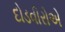
દોડવીરોએ